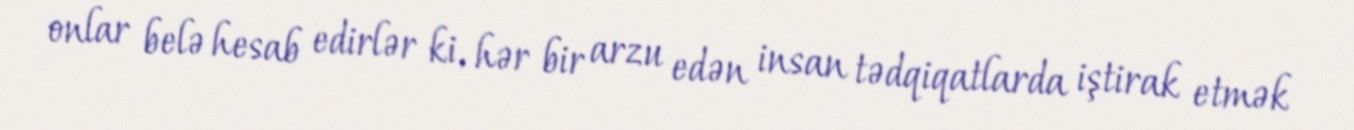
onlar belə hesab edirlər ki, hər bir arzu edən insan tədqiqatlarda iştirak etmək